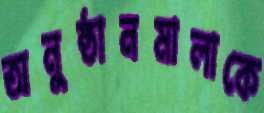
অনুষ্ঠানমালাকে